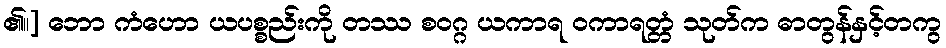
၏။] ဘော ကံဟော ယပစ္စည်းကို တဿ စဝဂ္ဂ ယကာရ ဝကာရတ္တံ သုတ်က ဓာတွန်နှင့်တကွ